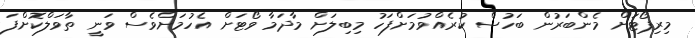
މިރިޕޯޓަށް މެންބަރުން ބަހުސް ކުރެއްވުމަށްފަހު މިބިލަށް މާދަމާ ވޯޓަށް އެހުމަށްވެސް ވަނީ ތާވަލްކޮށްފަ